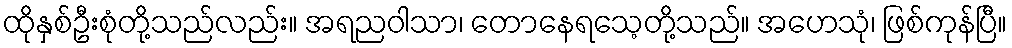
ထိုနှစ်ဦးစုံတို့သည်လည်း။ အရညဝါသာ၊ တောနေရသေ့တို့သည်။ အဟေသုံ၊ ဖြစ်ကုန်ပြီ။